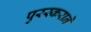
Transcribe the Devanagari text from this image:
पुरस्कराने